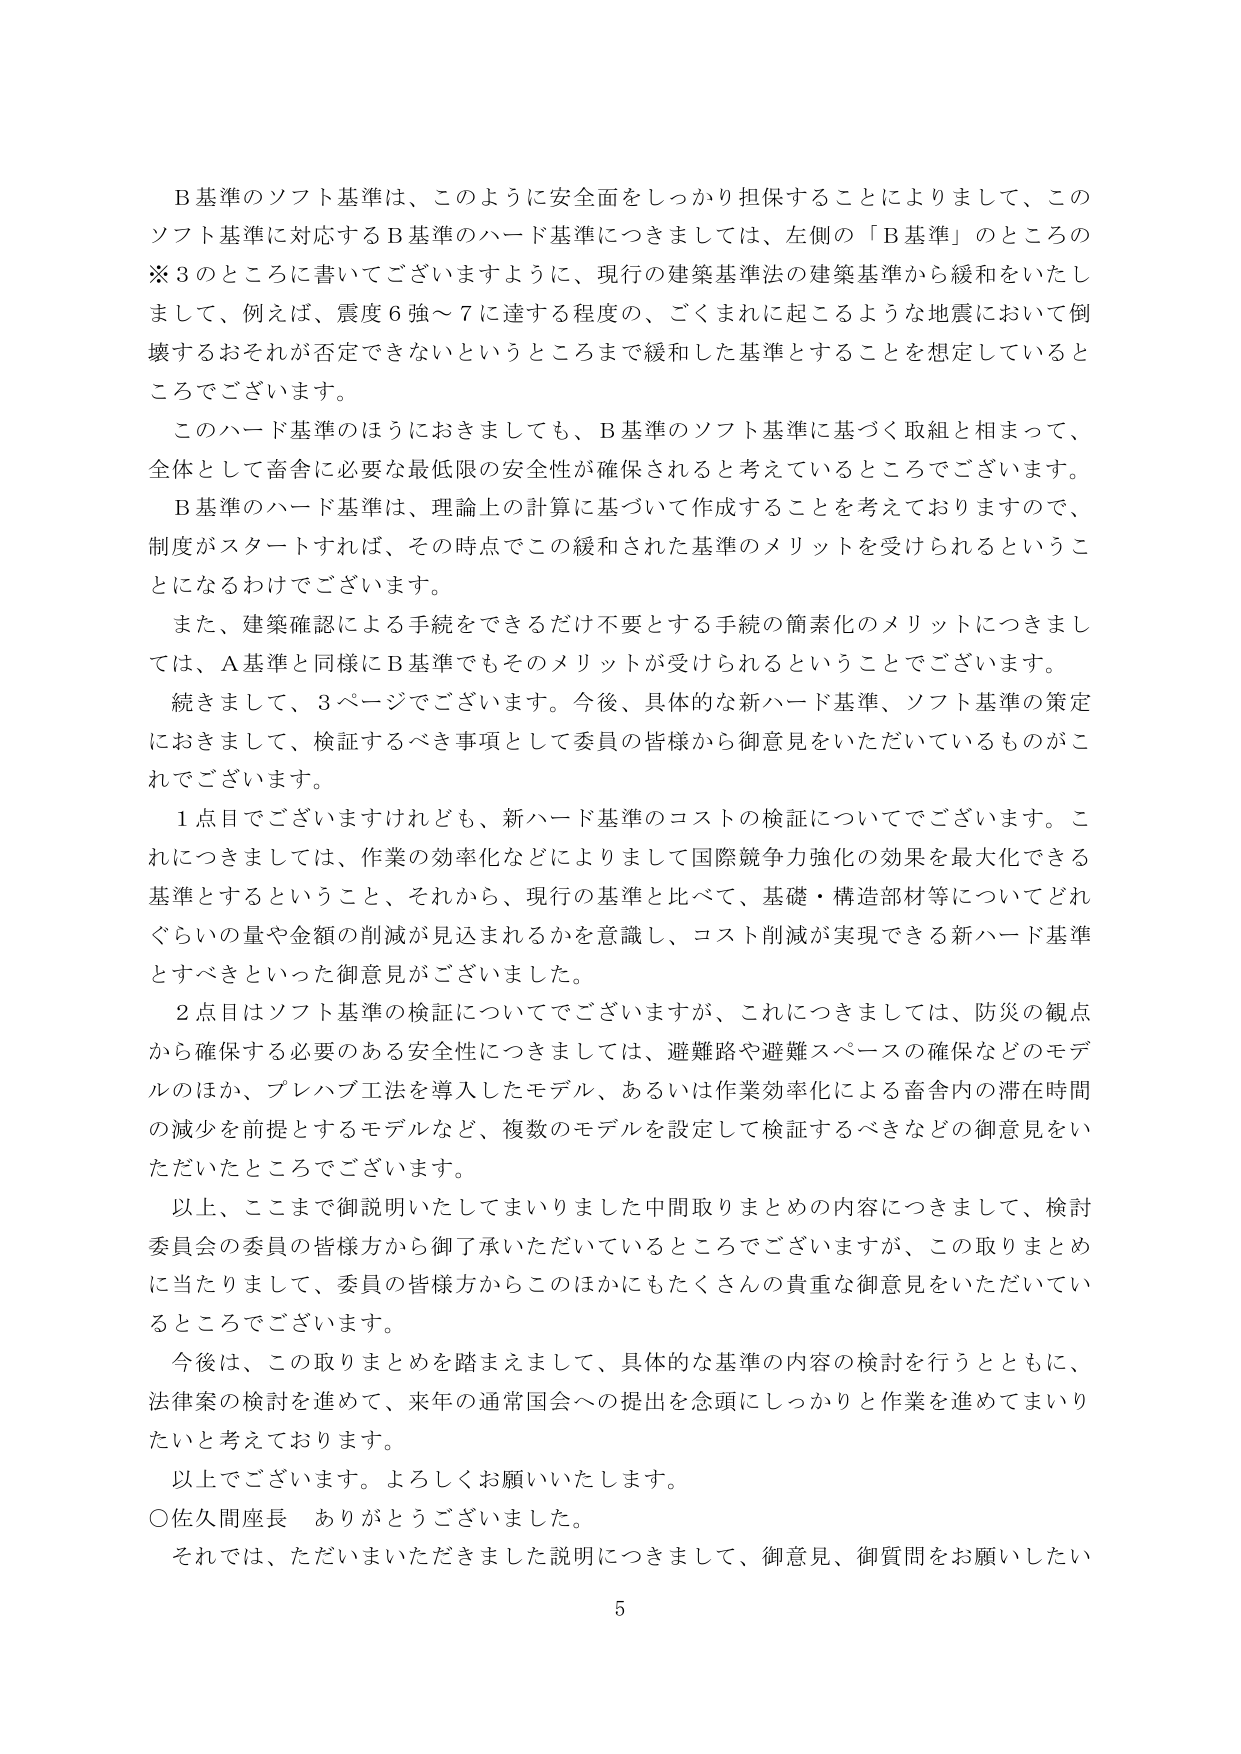
B基準のソフト基準は、このように安全面をしっかり担保することによりまして、このソフト基準に対応するB基準のハード基準につきましては、左側の「B基準」のところの※3のところに書いてございますように、現行の建築基準法の建築基準から緩和をいたしまして、例えば、震度6強～7に達する程度の、ごくまれに起こるような地震において倒壊するおそれが否定できないというところまで緩和した基準とすることを想定しているところでございます。

このハード基準のほうにおきましても、B基準のソフト基準に基づく取組と相まって、全体として畜舎に必要な最低限の安全性が確保されると考えているところでございます。

B基準のハード基準は、理論上の計算に基づいて作成することを考えておりますので、制度がスタートすれば、その時点でこの緩和された基準のメリットを受けられるということになるわけでございます。

また、建築確認による手続をできるだけ不要とする手続の簡素化のメリットにつきましては、A基準と同様にB基準でもそのメリットが受けられるということでございます。

続きまして、3ページでございます。今後、具体的な新ハード基準、ソフト基準の策定におきまして、検証するべき事項として委員の皆様から御意見をいただいているものかこれでございます。

1点目でございますけれども、新ハード基準のコストの検証についてでございます。これにつきましては、作業の効率化などによりまして国際競争力強化の効果を最大化できる基準とすることということ、それから、現行の基準と比べて、基礎・構造部材等についてどれぐらいの量や金額の削減が見込まれるかを意識し、コスト削減が実現できる新ハード基準とすべきといった御意見がございました。

2点目はソフト基準の検証についてでございますが、これにつきましては、防災の観点から確保する必要のある安全性につきましては、避難路や避難スペースの確保などのモデルのほか、プレハブ工法を導入したモデル、あるいは作業効率化による畜舎内の滞在時間の減少を前提とするモデルなど、複数のモデルを設定して検証するべきなどの御意見をいただいたところでございます。

以上、ここまで御説明いたしてまいりました中間取りまとめの内容につきまして、検討委員会の委員の皆様方から御了承いただいているところでございますが、この取りまとめに当たりまして、委員の皆様方からこのほかにもたくさんの貴重な御意見をいただいているところでございます。

今後は、この取りまとめを踏まえまして、具体的な基準の内容の検討を行うとともに、法律案の検討を進めて、来年の通常国会への提出を念頭にしっかりと作業を進めてまいりたいと考えております。

以上でございます。よろしくお願いいたします。

○佐久間座長　ありがとうございました。

それでは、ただいまいただきました説明につきまして、御意見、御質問をお願いしたい

5